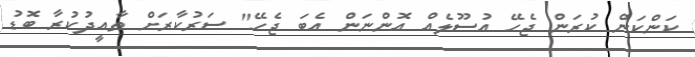
ކަންކަން ކުރަން ޖެހޭ އުސޫލެއް އޮންނަން އެބަ ޖެހޭ" ސަރުކާރަށް ތާއީދުކުރާ ބޮޑު